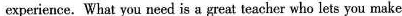
experience. What you need is a great teacher who lets you make